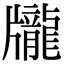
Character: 𪚖